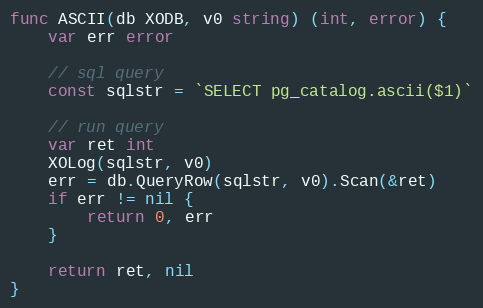
Language: Go
func ASCII(db XODB, v0 string) (int, error) {
	var err error

	// sql query
	const sqlstr = `SELECT pg_catalog.ascii($1)`

	// run query
	var ret int
	XOLog(sqlstr, v0)
	err = db.QueryRow(sqlstr, v0).Scan(&ret)
	if err != nil {
		return 0, err
	}

	return ret, nil
}